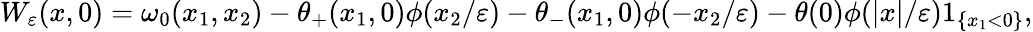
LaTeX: W_{\varepsilon}(x,0)=\omega_{0}(x_{1},x_{2})-\theta_{+}(x_{1},0)\phi(x_{2}/\varepsilon)-\theta_{-}(x_{1},0)\phi(-x_{2}/\varepsilon)-\theta(0)\phi(|x|/\varepsilon)1_{\{ x_{1}<0\} },